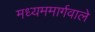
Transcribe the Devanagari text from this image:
मध्यममार्गवाले